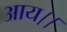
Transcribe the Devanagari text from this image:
आय।।